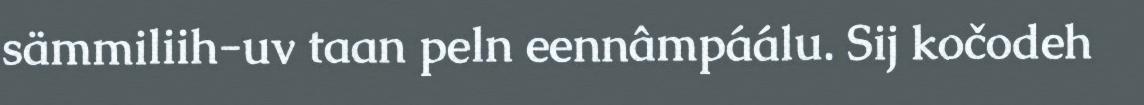
sämmiliih-uv taan peln eennâmpáálu. Sij kočodeh